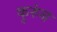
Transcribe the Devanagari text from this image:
कुरुंब